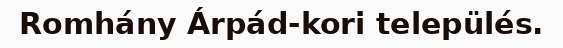
Romhány Árpád-kori település.